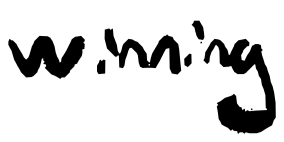
Text: winning
Cross-out: clean
Writing tool: digital_black